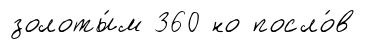
золоты́м 360 но посло́в